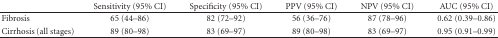
|  | Sensitivity (95% CI) | Specificity (95% CI) | PPV (95% CI) | NPV (95% CI) | AUC (95% CI) |
 | --- | --- | --- | --- | --- | --- |
 | Fibrosis | 65 (44–86) | 82 (72–92) | 56 (36–76) | 87 (78–96) | 0.62 (0.39–0.86) |
 | Cirrhosis (all stages) | 89 (80–98) | 83 (69–97) | 89 (80–98) | 83 (69–97) | 0.95 (0.91–0.99) |